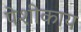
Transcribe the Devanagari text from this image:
पेशीकाय